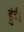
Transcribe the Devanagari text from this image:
डुंबी